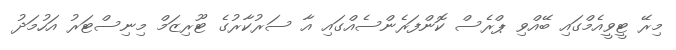
މިރޭ ޓީވީއެމްގައި ބޭއްވި ޕްރެސް ކޮންފަރެންސެއްގައި އާ ސަރުކާރުގެ ޓޫރިޒަމް މިނިސްޓަރު އަހުމަދު